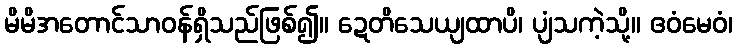
မိမိအတောင်သာဝန်ရှိသည်ဖြစ်၍။ ဍေတိသေယျထာပိ၊ ပျံသကဲ့သို့။ ဧဝံမေဝံ၊